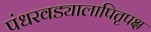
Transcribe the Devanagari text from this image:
पंधरवड्यालापितृपक्ष